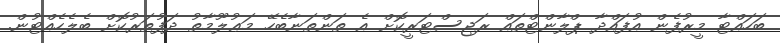
ބަހައްޓާ މީރުފެން އުފައްދާ ޕްލާންޓްތައް ރަޖިސްޓަރީކޮށް އެ ތަންތަނާބެހޭ މަޢުލޫމާތު ދަފުތަރުކޮށް ބެލެހެއްޓުން.